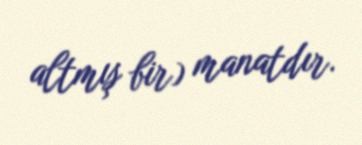
altmış bir) manatdır.